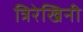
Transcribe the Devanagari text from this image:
त्रिरेखिनी